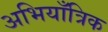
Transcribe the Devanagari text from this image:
अभियाँत्रिक